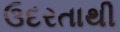
ઉદરતાથી